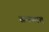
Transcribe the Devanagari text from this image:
स्रवणात